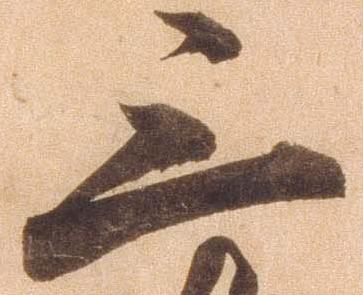
三